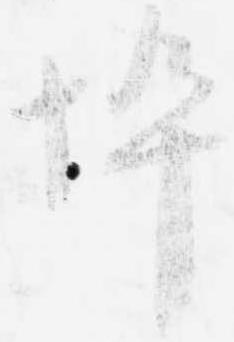
悴